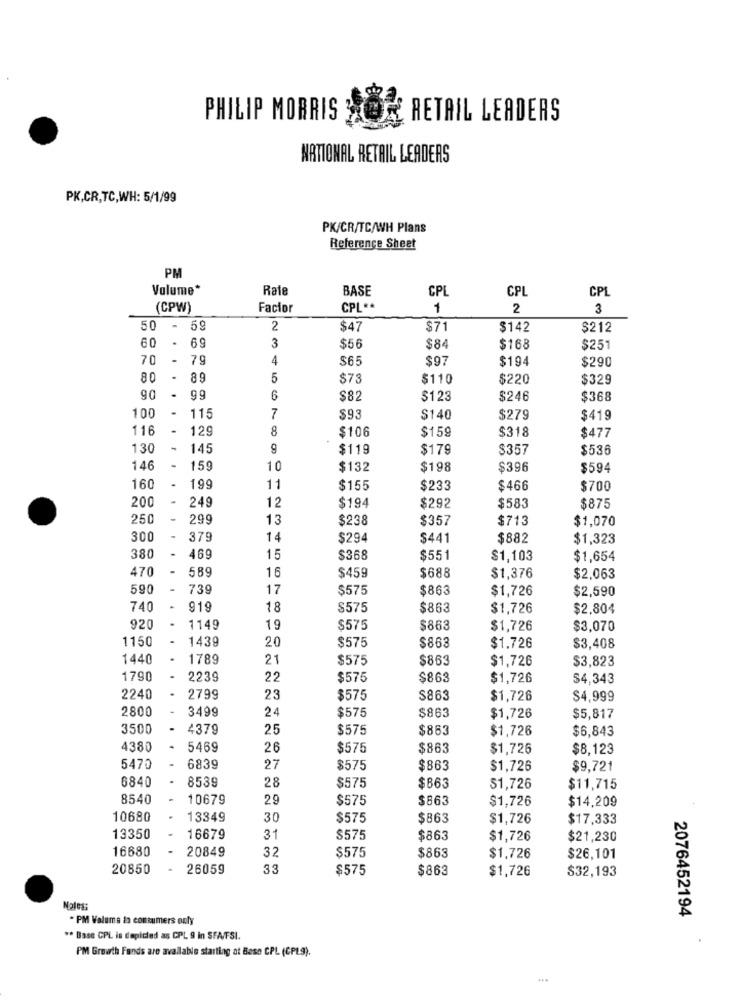
PHILIP MORRIS
RETAIL LEADERS
NATIONAL RETAIL LEADERS
PK,CR,TC,WH: 5/1/99
PK/CR/TC/WH Plans
Reference Sheet
PM
Volume*
Rate
CPL
BASE
CPL
CPL
(CPW)
Facior
CPL **
1
2
3
50
- 59
2
$47
$71
$142
$212
60
.
69
3
$56
$84
$168
$251
70
79
4
$65
$97
$194
$290
80
89
5
$73
$110
$220
$329
90
.
99
6
$82
$123
$246
$368
100
.
115
7
$93
$140
$279
$419
116
-
12
8
$159
$318
$477
$106
130
145
$119
$179
$357
$536
146
-
159
10
$132
$198
$396
$594
-
160
199
11
$155
$233
$466
$700
200
249
12
$194
$292
$583
$875
250
299
13
$238
$357
$713
$1,070
300
379
14
$294
$441
$882
$1,323
380
469
15
$368
$551
$1,103
$1,654
470
-
589
16
$459
$688
$1,376
$2,063
590
739
17
$575
$863
$1,726
$2,590
740
919
18
$575
$863
$1,726
$2,804
920
.
1149
19
$575
$863
$1,726
$3,070
1150
1439
20
$575
$863
$1.726
$3,408
1440
1789
21
$575
$863
$1,726
$3,823
1790
2239
22
$575
$863
$1,726
$4,343
2240
2799
23
$575
S863
$1,726
$4,999
2800
3499
$575
$863
24
$1,726
$5,817
3500
4379
25
$575
$863
$1,726
$6,843
4380
5469
26
$575
$863
$1,726
$8,123
5470
6839
27
$575
$863
$1,726
$9,721
6840
8539
28
$575
$863
$1,726
$11,715
8540
10679
29
$575
$863
$1,726
$14,209
10680
13349
30
$575
$863
$1,726
$17,333
13350
16679
31
$575
$863
$1,726
$21,230
16680
20849
32
$575
$863
$1,726
$26,101
20850
26059
33
$575
$863
$1,726
$32,193
2076452194
- PM Valuma ta consumers only
** Base CPL is depicted as CPL 9 in SFA/FSI.
PM Growth Fands are available starting at Bese CPL (CPL9).